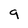
Character: g